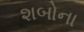
શબોના